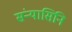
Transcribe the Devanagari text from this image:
संन्यासिनि